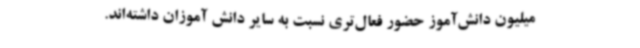
میلیون دانش‌آموز حضور فعال‌تری نسبت به سایر دانش آموزان داشته‌اند.